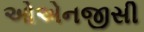
ઓએનજીસી